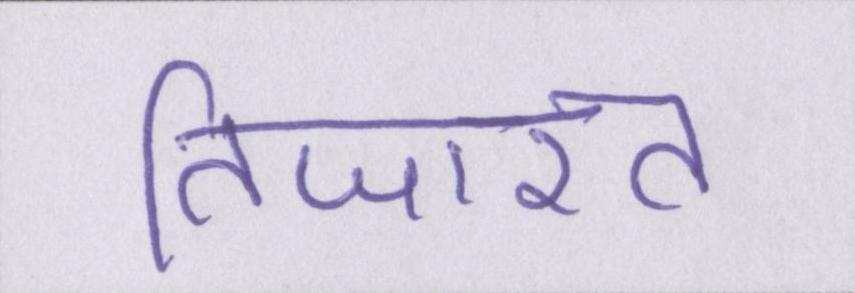
तिजारत